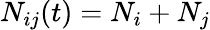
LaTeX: N_{ij}(t)=N_{i}+N_{j}